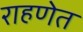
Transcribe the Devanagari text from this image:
राहणेत